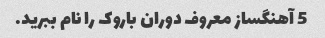
5 آهنگساز معروف دوران باروک را نام ببرید.